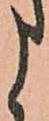
う